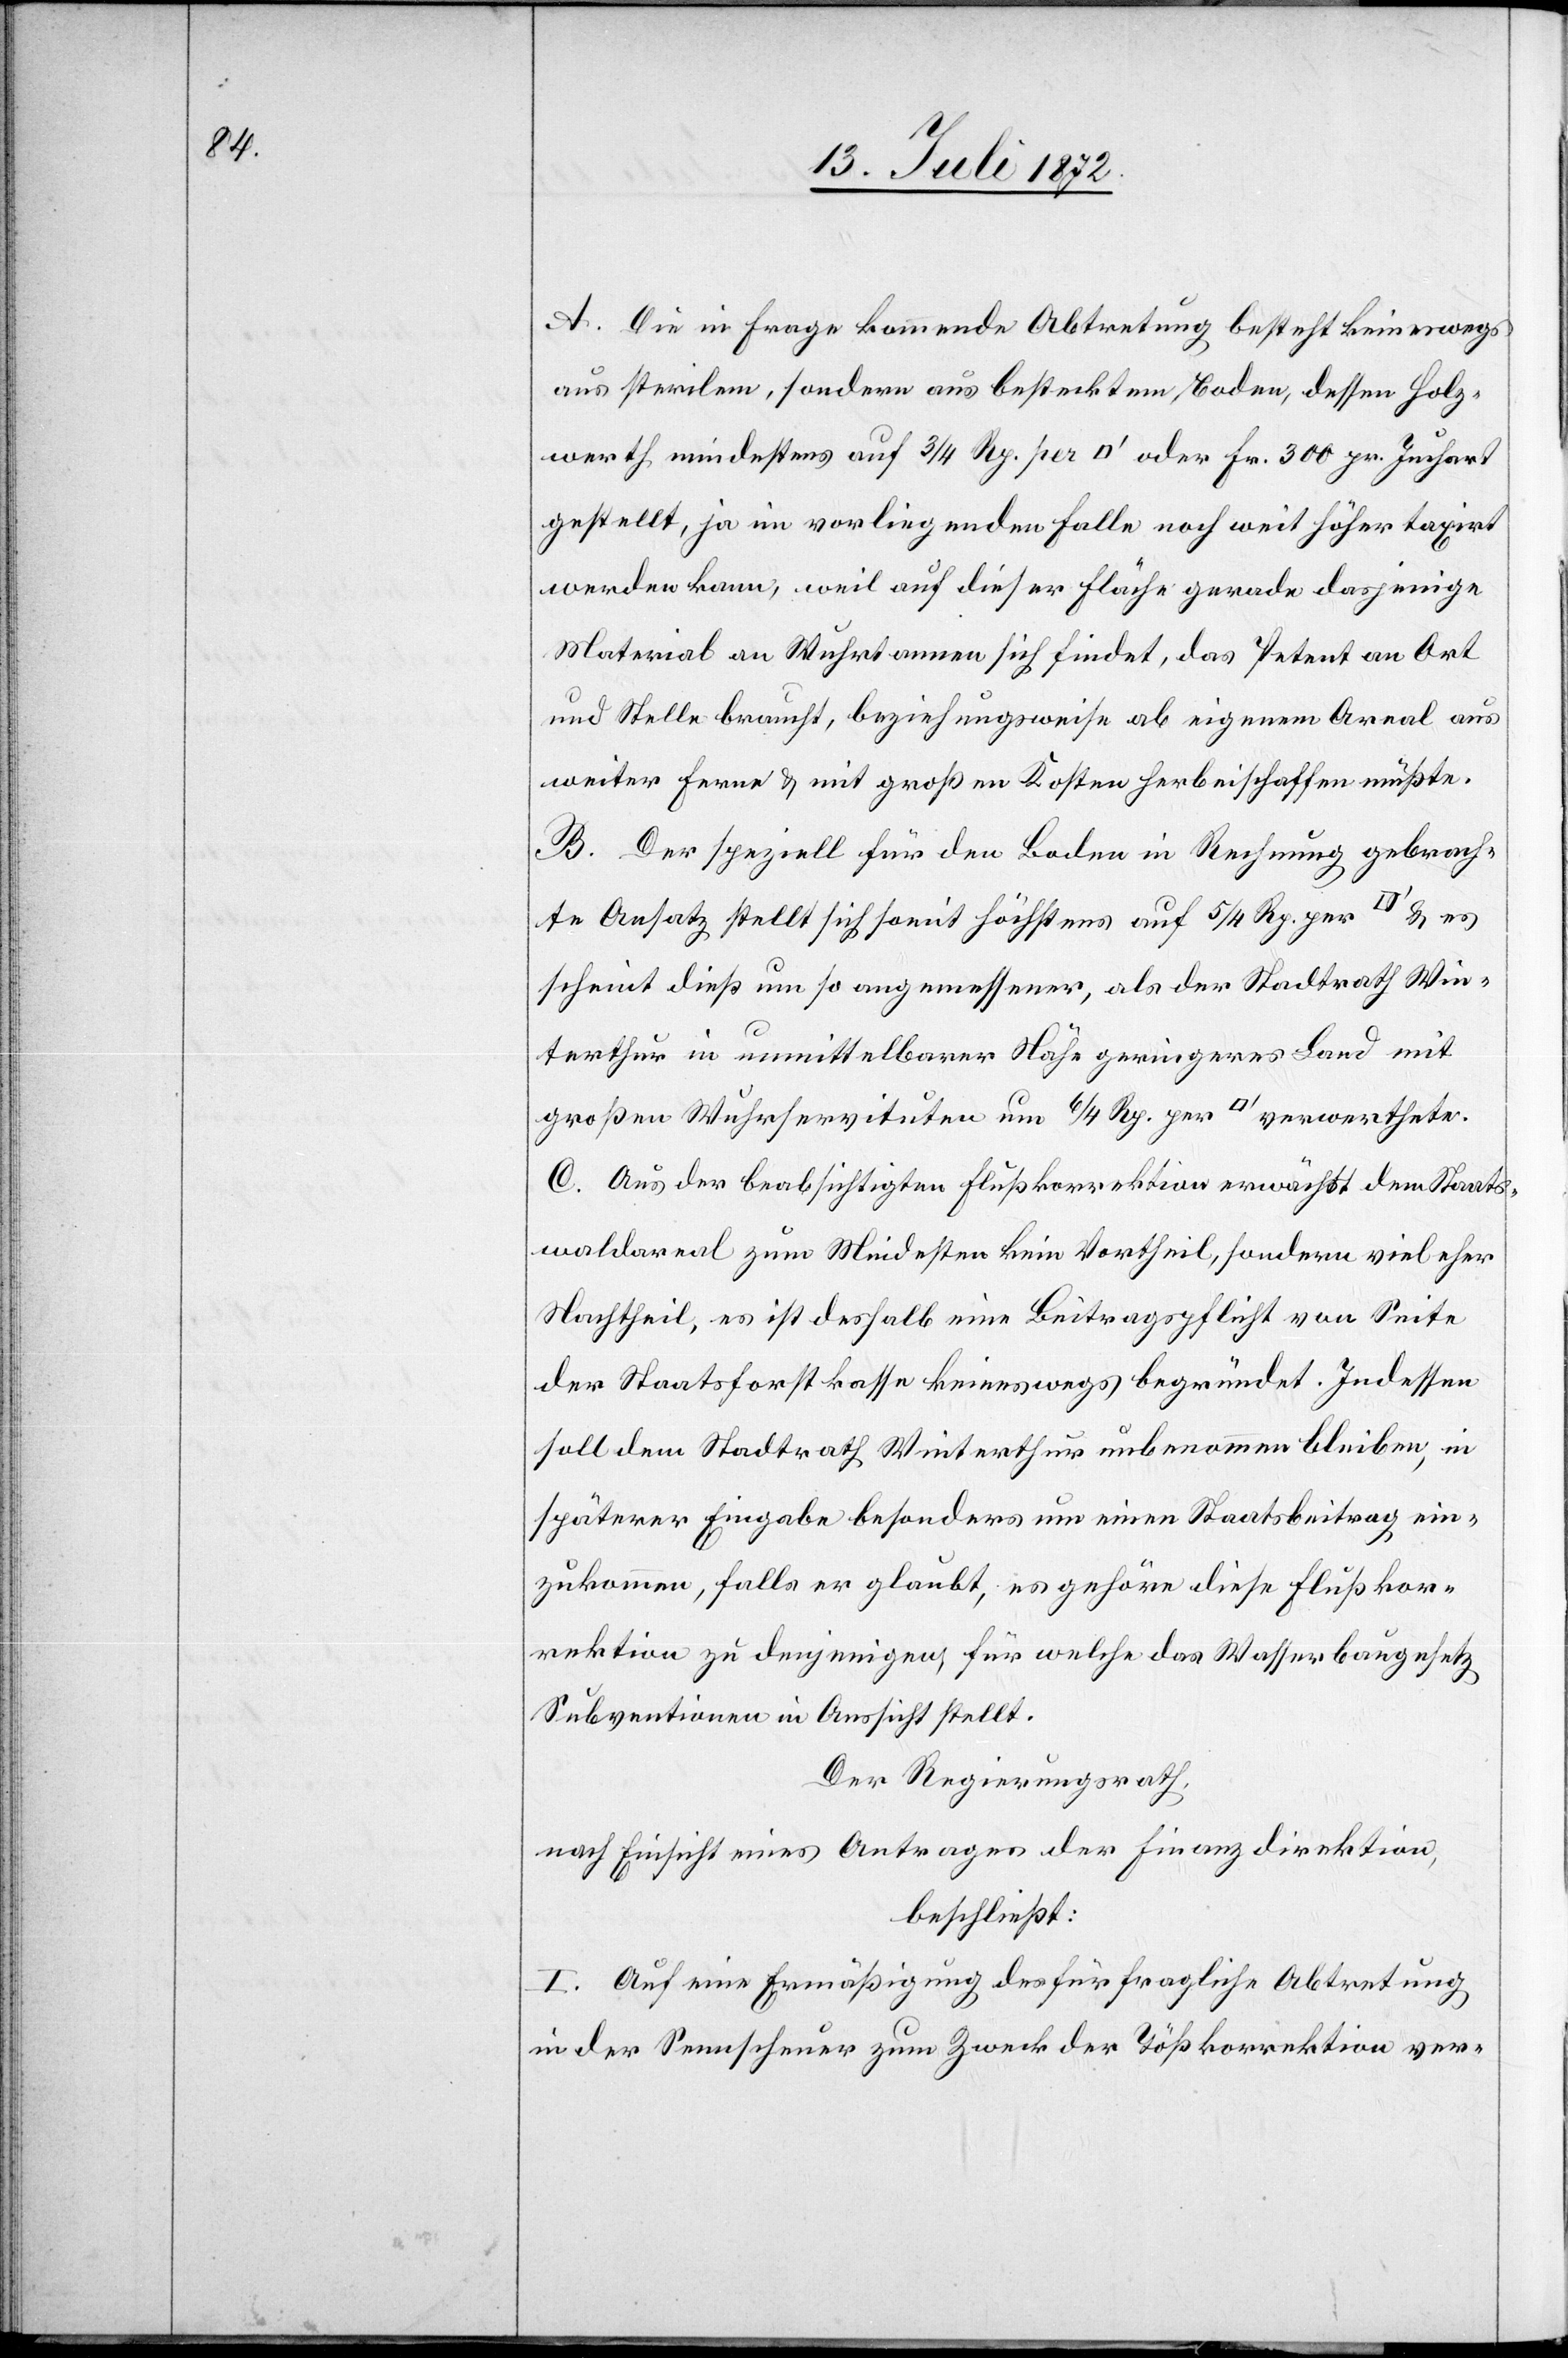
A. Die in Frage kommende Abtretung besteht keineswegs
aus sterilen, sondern aus bestecktem Boden, dessen Holz¬
werth mindestens auf 3/4 Rp. per [Quadratfuss] oder Fr. 300 pr. Juchart
gestellt, ja im vorliegenden Falle noch weit höher taxirt
werden kann, weil auf dieser Fläche gerade dasjenige
Material an Wuhrtannen sich findet, das Petent an Ort
und Stelle braucht, beziehungsweise ab eigenem Areal aus
weiter Ferne u. mit großen Kosten herbeischaffen müßte.
B. Der speziell für den Boden in Rechnung gebrach¬
te Ansatz stellt sich somit höchstens auf 5/4 Rp. per [Quadratfuss]
scheint dieß um so angemessener, als der Stadtrath Win¬
terthur in unmittelbarer Nähe geringeres Land mit
großen Wuhrservituten um 6/4 Rp. per [Quadratfuss] verwerthete.
C. Aus der beabsichtigten Flußkorrektion erwächst dem Staats¬
waldareal zum Mindestens kein Vortheil, sondern viel eher
Nachtheil, es ist deshalb eine Beitragspflicht von Seite
des Staatsforstkasse keineswegs begründet. Indessen
soll dem Stadtrath Winterthur unbenommen bleiben, in
späterer Eingabe besonders um einen Staatsbeitrag ein¬
zukommen, falls er glaubt, es gehöre diese Flußkor¬
rektion zu denjenigen, für welche das Wasserbaugesetz
Subventionen in Aussicht stellt.
Der Regierungsrath,
nach Einsicht eines Antrages der Finanzdirektion,
beschließt:
I. Auf eine Ermäßigung des für fragliche Abtretung
in der Sennscheuer zum Zweck der Tößkorrektion ver-